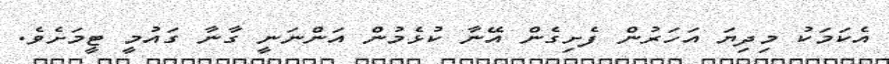
އެކަމަކު މިދިޔަ އަހަރުން ފެށިގެން އޭނާ ކުޅެމުން އަންނަނީ ގާނާ ގައުމީ ޓީމަށެވެ.